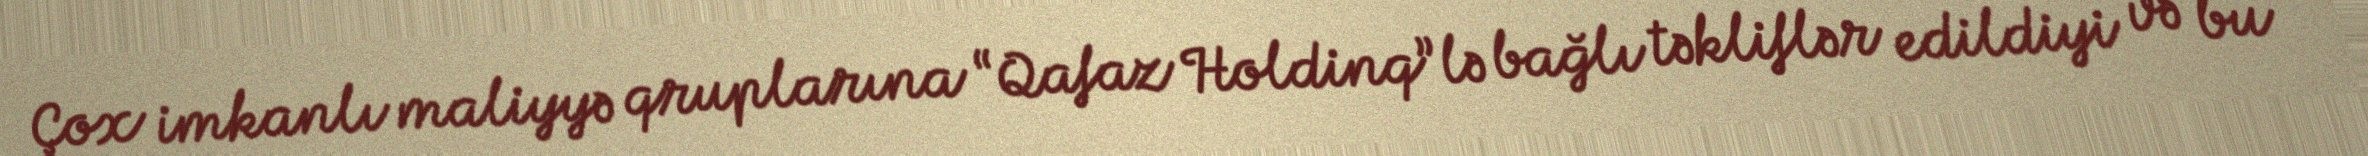
Çox imkanlı maliyyə qruplarına “Qafaz Holdinq”lə bağlı təkliflər edildiyi və bu